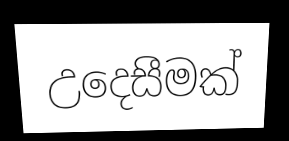
උදෙසීමක්